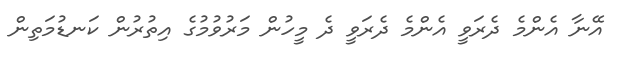
އޭނާ އެންމެ ދެރަވީ އެންމެ ދެރަވީ ދެ މީހުން މަރުވުމުގެ އިތުރުން ކަނޑުމަތިން